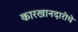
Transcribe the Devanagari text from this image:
कारखानदारीचे